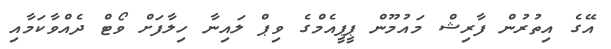
އޭގެ އިތުރުން ފާރިޝް މައުމޫން ޕީޕީއެމްގެ ވިޕް ލައިނާ ހިލާފަށް ވޯޓް ދެއްވާކަމާއި